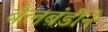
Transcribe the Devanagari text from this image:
बैलबंडीने